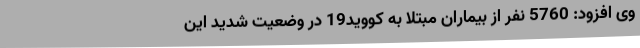
وی افزود: 5760 نفر از بیماران مبتلا به کووید19 در وضعیت شدید این